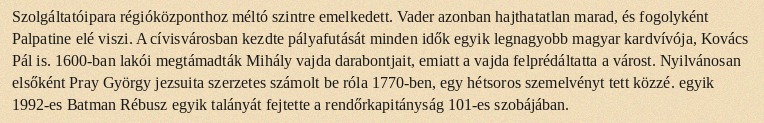
Szolgáltatóipara régióközponthoz méltó szintre emelkedett. Vader azonban hajthatatlan marad, és fogolyként Palpatine elé viszi. A cívisvárosban kezdte pályafutását minden idők egyik legnagyobb magyar kardvívója, Kovács Pál is. 1600-ban lakói megtámadták Mihály vajda darabontjait, emiatt a vajda felprédáltatta a várost. Nyilvánosan elsőként Pray György jezsuita szerzetes számolt be róla 1770-ben, egy hétsoros szemelvényt tett közzé. egyik 1992-es Batman Rébusz egyik talányát fejtette a rendőrkapitányság 101-es szobájában.